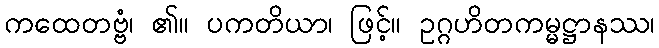
ကထေတဗ္ဗံ၊ ၏။ ပကတိယာ၊ ဖြင့်။ ဥဂ္ဂဟိတကမ္မဋ္ဌာနဿ၊